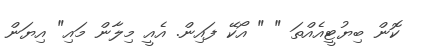
ކޮން ބިޔުޓީއެއްތަ " " އޯކޭ ފައިން. އެއީ މިލާން މައި" އިޔަން